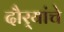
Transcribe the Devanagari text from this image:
दौर्‍यांचे